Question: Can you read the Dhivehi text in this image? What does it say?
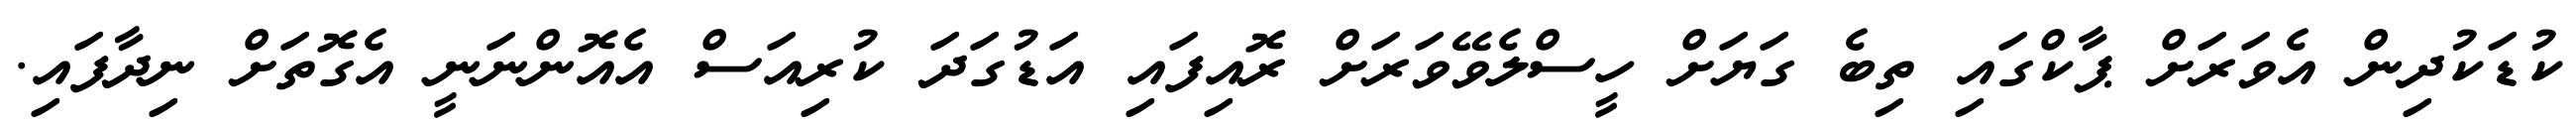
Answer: ކުޑަކުދިން އެވަރަށް ޕާކްގައި ތިބެ ގަޔަށް ހީސްލެވޭވަރަށް ރޮއިފައި އަޑުގަދަ ކުރިއަސް އެއޮންނަނީ އެގޮތަށް ނިދާފައި.